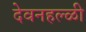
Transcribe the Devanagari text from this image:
देवनहल्ळी